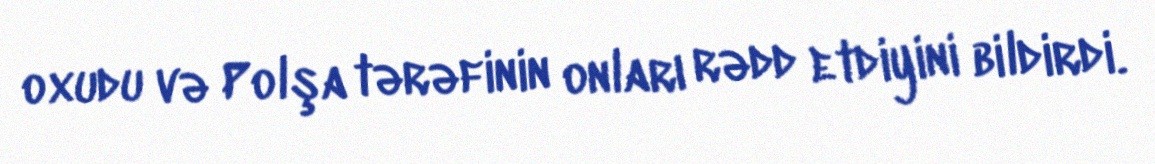
oxudu və Polşa tərəfinin onları rədd etdiyini bildirdi.